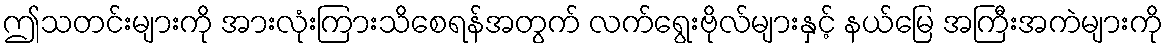
ဤသတင်းများကို အားလုံးကြားသိစေရန်အတွက် လက်ရွေးဗိုလ်များနှင့် နယ်မြေ အကြီးအကဲများကို